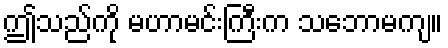
ဤသည်ကို မဟာမင်းကြီးက သဘောမကျ။